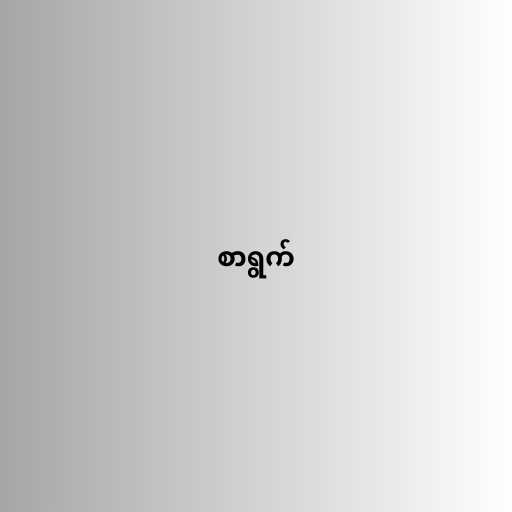
စာရွက်